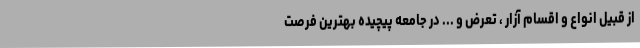
از قبیل انواع و اقسام آزار ، تعرض و ... در جامعه پیچیده بهترین فرصت